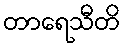
တာရေသီတိ